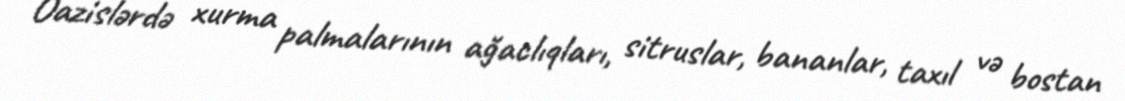
Oazislərdə xurma palmalarının ağaclıqları, sitruslar, bananlar, taxıl və bostan